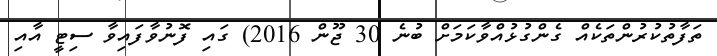
ތަފާތުކުރުންތަކެއް ގެންގުޅުއްވާކަމަށް ބުނެ 30 ޖޫން 2016) ގައި ފޮނުވާފައިވާ ސިޓީ އާއި